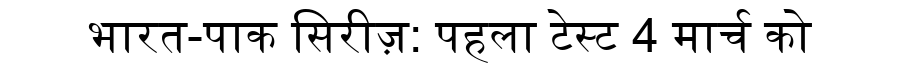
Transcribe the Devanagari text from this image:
भारत-पाक सिरीज़: पहला टेस्ट 4 मार्च को